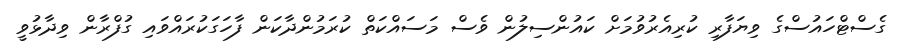
ގެސްޓްހައުސްގެ ވިޔަފާރި ކުރިއެރުވުމަށް ކައުންސިލުން ވެސް މަސައްކަތް ކުރަމުންދާކަން ފާހަގަކުރައްވައި ގުފްރާން ވިދާޅުވީ